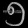
Digit: ၅